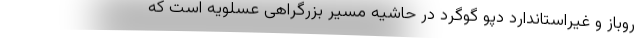
روباز و غیراستاندارد دپو گوگرد در حاشیه مسیر بزرگراهی عسلویه است که